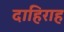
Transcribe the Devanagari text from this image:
दाहिराह